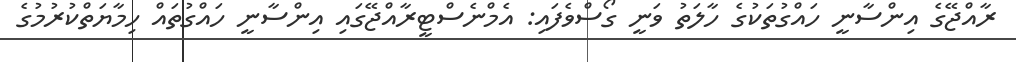
ރާއްޖޭގެ އިންސާނީ ހައްގުތަކުގެ ހާލަތު ވަނީ ގޯސްވެފައި: އެމްނެސްޓީރާއްޖޭގައި އިންސާނީ ހައްގުތައް ހިމާޔަތްކުރުމުގެ